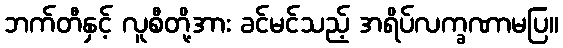
ဘက်တီနှင့် လူစီတို့အား ခင်မင်သည့် အရိပ်လက္ခဏာမပြ။